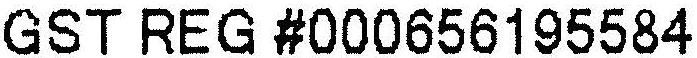
GST REG #000656195584